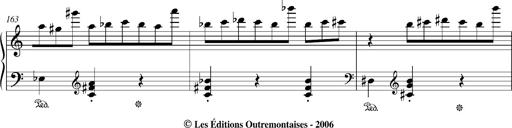
Title: Bagatelle sans tonalitÃ©
Composer: Franz Liszt